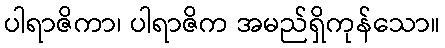
ပါရာဇိကာ၊ ပါရာဇိက အမည်ရှိကုန်သော။